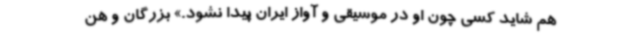
هم شاید کسی چون او در موسیقی و آواز ایران پیدا نشود.» بزرگان و هن